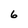
Character: 6